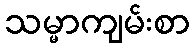
သမ္မာကျမ်းစာ